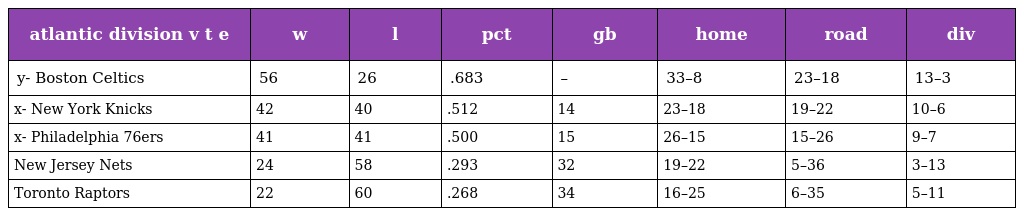
| atlantic division v t e | w | l | pct | gb | home | road | div |
 | --- | --- | --- | --- | --- | --- | --- | --- |
 | y- Boston Celtics | 56 | 26 | .683 | – | 33–8 | 23–18 | 13–3 |
 | x- New York Knicks | 42 | 40 | .512 | 14 | 23–18 | 19–22 | 10–6 |
 | x- Philadelphia 76ers | 41 | 41 | .500 | 15 | 26–15 | 15–26 | 9–7 |
 | New Jersey Nets | 24 | 58 | .293 | 32 | 19–22 | 5–36 | 3–13 |
 | Toronto Raptors | 22 | 60 | .268 | 34 | 16–25 | 6–35 | 5–11 |